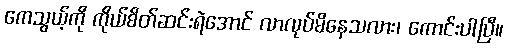
ကေသွယ့်ကို ကိုယ်စိတ်ဆင်းရဲအောင် လာလုပ်မိနေသလား၊ ကောင်းပါပြီ။